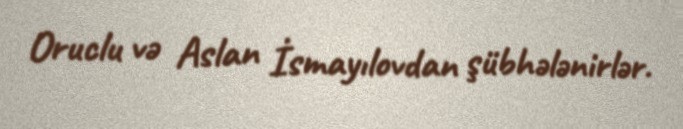
Oruclu və Aslan İsmayılovdan şübhələnirlər.